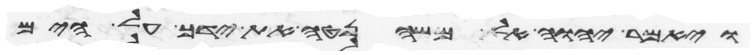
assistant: ויאמר יהוה אל משה נטה את ידך על הים